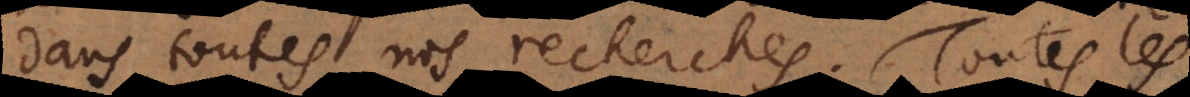
dans toutes nos recherches. Toutes les